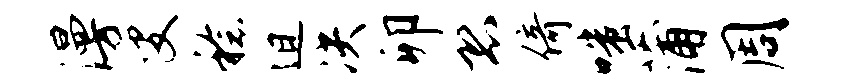
漫叟稔迫决卯恐倚嗤蒲周